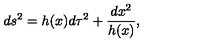
d s ^ { 2 } = h ( x ) d \tau ^ { 2 } + { \frac { d x ^ { 2 } } { h ( x ) } } ,